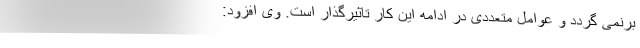
برنمی گردد و عوامل متعددی در ادامه این کار تاثیرگذار است. وی افزود: